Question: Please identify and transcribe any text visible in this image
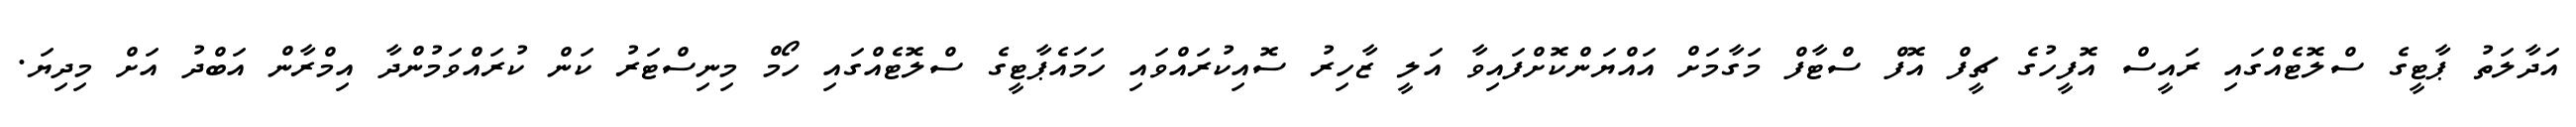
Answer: އަދާލަތު ޕާޓީގެ ސްލޮޓެއްގައި ރައީސް އޮފީހުގެ ޗީފް އޮފް ސްޓާފް މަގާމަށް އައްޔަންކޮށްފައިވާ އަލީ ޒާހިރު ސޮއިކުރައްވައި ހަމައެޕާޓީގެ ސްލޮޓެއްގައި ހޯމް މިނިސްޓަރު ކަން ކުރައްވަމުންދާ އިމްރާން އަބްދު އަށް މިދިޔަ.